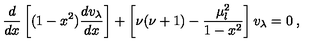
\frac { d } { d x } \left[ ( 1 - x ^ { 2 } ) \frac { d v _ { \lambda } } { d x } \right] + \left[ \nu ( \nu + 1 ) - \frac { \mu _ { l } ^ { 2 } } { 1 - x ^ { 2 } } \right] v _ { \lambda } = 0 \: ,